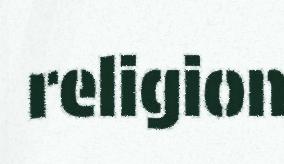
religion